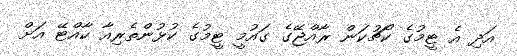
އަދި އެ ޓީމުގެ ކޯޗުކަން ރާއްޖޭގެ ގައުމީ ޓީމުގެ ކުޅުންތެރިއާ ކާއްޓޭ އަށް